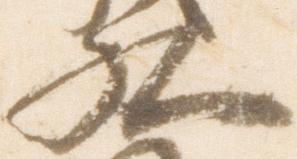
九